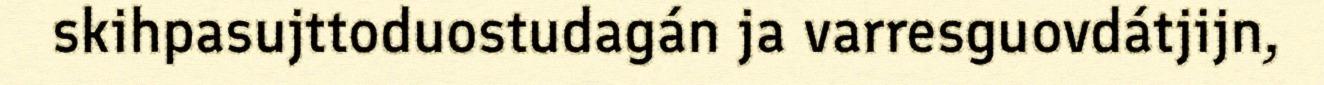
skihpasujttoduostudagán ja varresguovdátjijn,